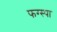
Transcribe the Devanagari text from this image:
फग्स्पा